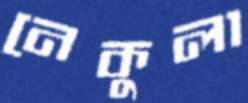
নেকুলা